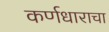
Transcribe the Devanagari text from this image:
कर्णधाराचा